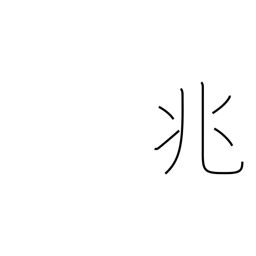
Meaning: portent